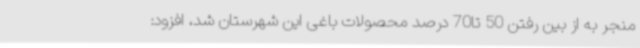
منجر به از بین رفتن 50 تا70 درصد محصولات باغی این شهرستان شد، افزود: